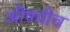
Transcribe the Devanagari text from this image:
औषधीच